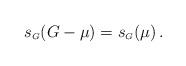
LaTeX: \begin{align*} s_{\scriptscriptstyle G} (G-\mu) = s_{\scriptscriptstyle G} (\mu) \,.\end{align*}